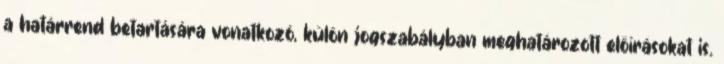
a határrend betartására vonatkozó, külön jogszabályban meghatározott előírásokat is.